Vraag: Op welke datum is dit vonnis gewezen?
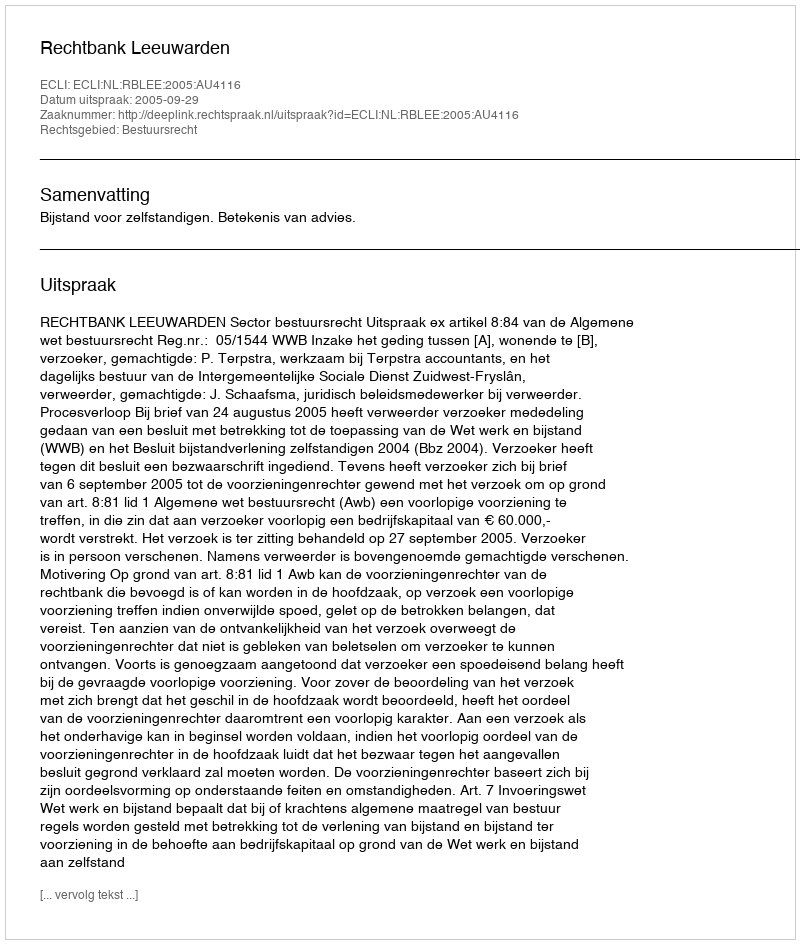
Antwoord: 2005-09-29